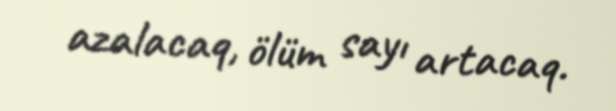
azalacaq, ölüm sayı artacaq.